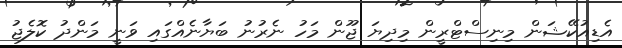
އެޑިއުކޭޝަން މިނިސްޓްރީން މިދިޔަ ޖޫން މަހު ނެރުނު ބަޔާނެއްގައި ވަނީ މަންދު ކޮލެޖު